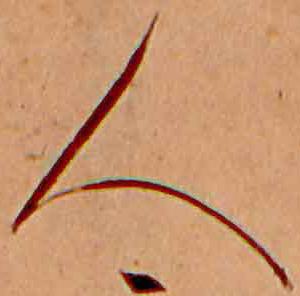
人